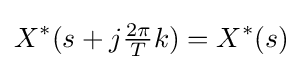
X^{*}(s+j{\tfrac {2\pi }{T}}k)=X^{*}(s)